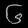
Digit: ၆